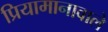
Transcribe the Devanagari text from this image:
प्रियामानावाले